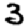
Digit: 3